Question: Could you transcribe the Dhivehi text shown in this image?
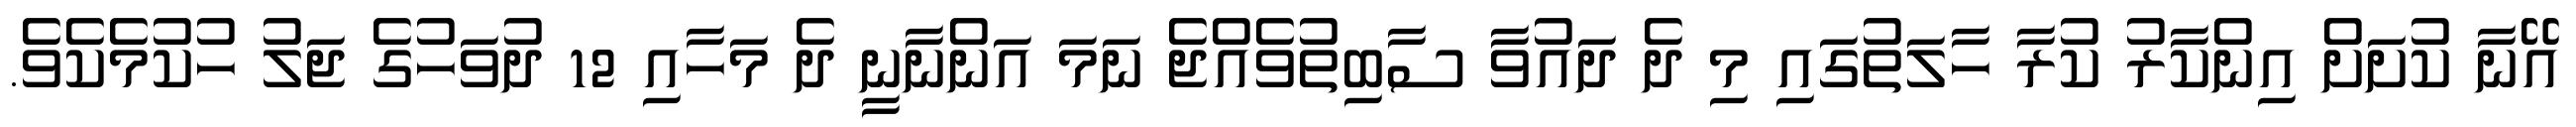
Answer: އޭނާ ކުށަށް އިންކާރު ކުރާ ހާލަތުގައި މި ދެ ދައުވާ ސާބިތުވެއްޖެ ނަމަ އަންނާނީ ދެ މަހާއި 12 ދުވަހުގެ ޖަލު ހުކުމެކެވެ.